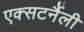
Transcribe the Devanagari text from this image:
एक्सटर्नैली